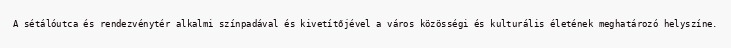
A sétálóutca és rendezvénytér alkalmi színpadával és kivetítőjével a város közösségi és kulturális életének meghatározó helyszíne.